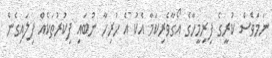
ނަމަވެސް ކުރީގެ ފިރިމީހާގެ އޯގާވެރިކަމާ އެކު އެ ހުރިހާ ނުބައި ފިކުރުތަކެއް ފިލައިގެން